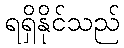
ရရှိနိုင်သည်